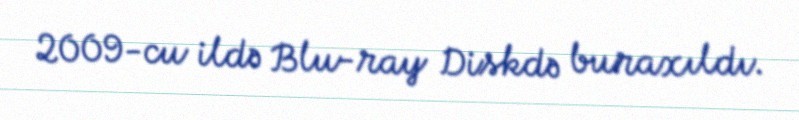
2009-cu ildə Blu-ray Diskdə buraxıldı.